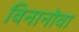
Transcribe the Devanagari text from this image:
विनानोवा